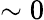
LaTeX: \mathrm{\sim 0}